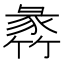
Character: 𥯵